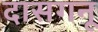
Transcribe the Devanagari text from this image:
दासगनू